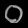
Digit: ၀